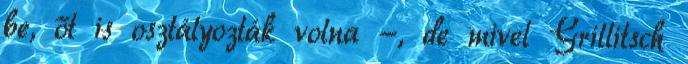
be, őt is osztályozták volna -, de mivel Grillitsch